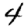
Digit: 4